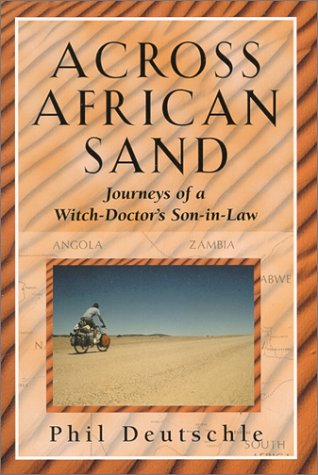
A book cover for Across African Sand: Journeys of a Witch-Doctor's Son-In-Law; Phil Deutschle; Travel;